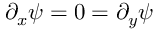
\partial _ { x } \psi = 0 = \partial _ { y } \psi